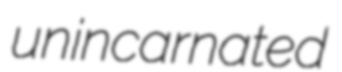
unincarnated